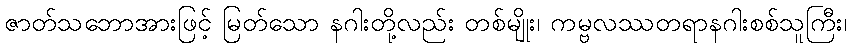
ဇာတ်သဘောအားဖြင့် မြတ်သော နဂါးတို့လည်း တစ်မျိုး၊ ကမ္ဗလဿတရာနဂါးစစ်သူကြီး၊